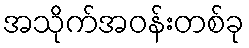
အသိုက်အဝန်းတစ်ခု